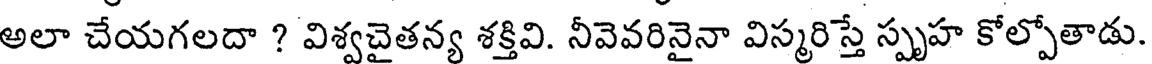
అలా చేయగలదా ? విశ్వచైతన్య శక్తివి. నీవెవరినైనా విస్మరిస్తే స్పృహ కోల్పోతాడు.